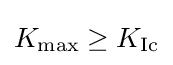
K_{\text{max}}\geq K_{\text{Ic}}